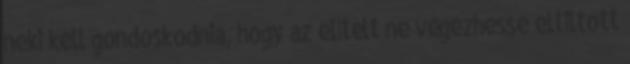
neki kell gondoskodnia, hogy az elítélt ne végezhesse eltiltott